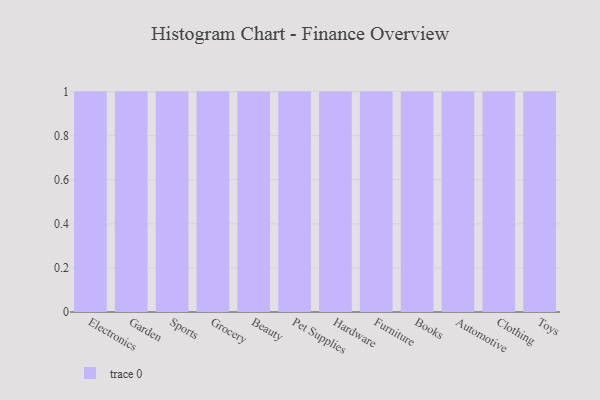
{"axis": {"x": "Category", "y": "Tickets Resolved"}, "legend": [""], "data": [{"x": "Electronics", "y": 12, "type": ""}, {"x": "Garden", "y": 54, "type": ""}, {"x": "Sports", "y": 27, "type": ""}, {"x": "Grocery", "y": 25, "type": ""}, {"x": "Beauty", "y": 66, "type": ""}, {"x": "Pet Supplies", "y": 62, "type": ""}, {"x": "Hardware", "y": 69, "type": ""}, {"x": "Furniture", "y": 22, "type": ""}, {"x": "Books", "y": 28, "type": ""}, {"x": "Automotive", "y": 66, "type": ""}, {"x": "Clothing", "y": 21, "type": ""}, {"x": "Toys", "y": 26, "type": ""}]}